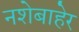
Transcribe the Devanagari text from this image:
नशेबाहेर